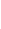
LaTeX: \! \! \! \! \! \! \! \! \! \! \! \Theta\! \! \! \! \! \! \! \! \! \! \! \! ^{\! }\! \! \! \! \! \! \! \! \! \! \! *\! \! \! \! \! \! \! \! \! \! \! \! (t\! \! \! \! \! \! \! \! \! \! \! \! )\! \! \! \! \! \! \! \! \! \! \! \! =d\! \! \! \! \! \! \! \! \! \! \! \! \alpha\! \! \! \! \! \! \! \! \! \! \! \! (\! \! \! \! \! \! \! \! \! \! \! \! \theta\! \! \! \! \! \! \! \! \! \! \! \! (t\! \! \! \! \! \! \! \! \! \! \! \! )\! \! \! \! \! \! \! \! \! \! \! \! )\mathbf{A}\! \! \! \! \! \! \! \! \! \! \! \! (\! \! \! \! \! \! \! \! \! \! \! \! \theta\! \! \! \! \! \! \! \! \! \! \! \! (t\! \! \! \! \! \! \! \! \! \! \! \! )\! \! \! \! \! \! \! \! \! \! \! \! )\! \! \! \! \! \! \! \! \! \! \!